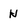
Character: N